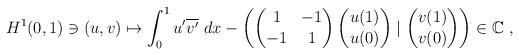
LaTeX: \begin{align*}H^1(0,1) \ni (u,v)\mapsto \int_0^1 u'\overline{v'}\ dx-\left(\begin{pmatrix}1 & -1\\ -1 & 1 \end{pmatrix}\begin{pmatrix}u(1)\\ u(0)\end{pmatrix}\mid \begin{pmatrix}v(1)\\ v(0)\end{pmatrix}\right)\in \mathbb C\ ,\end{align*}